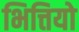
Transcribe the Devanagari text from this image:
भित्तियो